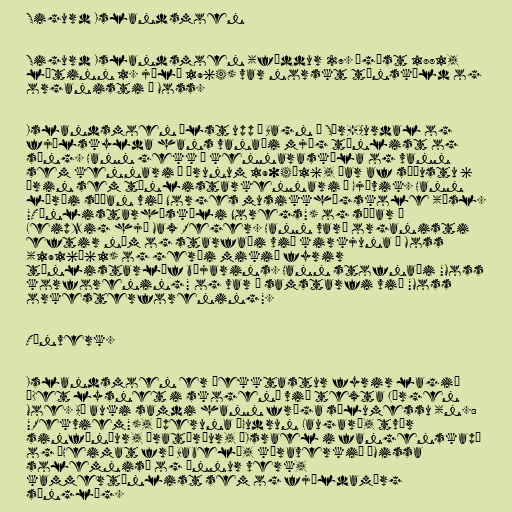
Sigurd Islandsmoen

Sigurd Islandsmoen (fæddur 27. ágúst 1881,
látinn 1. júlí 1964) var norskt tónskáld og
organisti í Moss.

Islandsmoen ólst upp í Bagn í Sør-Aurdal og
fjölskylda hans vanaði mjög tónlist og
söng. Hann gekk á kennaraskóla og vann
sem kennari á árunum 1904–16, þar af síðustu 6
árin sem tónlistarkennari í Gjøvik. Hann
lærði síðan við Norges musikkhøgskole (ísl.
"Tónlistarháskóli Noregs") og síðar í
Leipzig hjá Max Reger. Hann varð organisti
eftir nám og starfaði við kirkjuna í Moss
(1916–61) og gerði mikið fyrir
tónlistarlíf bæjarins. Hann stofnaði "Moss
korforening" og var í samstarfi við "Moss
orkesterforening".

Tónverk.

Islandsmoen er þekktastur fyrir lagið
„Det lysnet i skogen“ við texta Jørgen
Moe. Að auki samdi hann fræga sálumessu (n.:
"Rekviem"), óperuna „Gudrun Laugar“, tvær
sinfóníur, óratóríur, „Israel i fangenskap“
og „Heimat frå Babel“, kóraverkið „Missa
solemnis“ og önnur verk,
kammertónlist sem og fjöldamörg
sönglög.